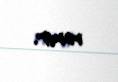
verir.